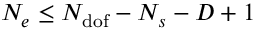
N _ { e } \leq N _ { \mathrm { d o f } } - N _ { s } - D + 1